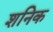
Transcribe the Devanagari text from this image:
शनिक